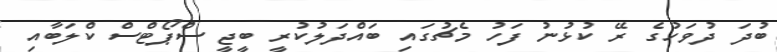
ބުދަ ދުވަހުގެ ރޭ ކުޅުނު ފަހު މެޗުގައި ބައްދަލުކުރީ ބީޖީ ސްޕޯޓްސް ކްލަބާއި